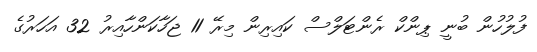
ފުލުހުން ބުނީ ޕިންކް ރެންޓަލްސް ކައިރިން މިރޭ 11 ޖަހާކަންހާއިރު 32 އަހަރުގެ